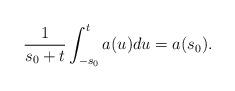
LaTeX: \begin{align*}\frac{1}{s_0+t}\int_{-s_0}^{t}a(u)du=a(s_0).\end{align*}